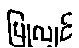
ပြုလျှင်